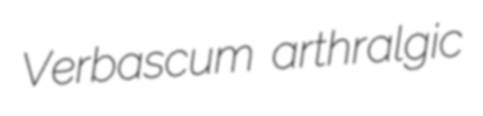
Verbascum arthralgic